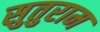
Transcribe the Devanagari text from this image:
सुतुराम